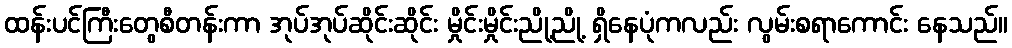
ထန်းပင်ကြီးတွေစီတန်းကာ အုပ်အုပ်ဆိုင်းဆိုင်း မှိုင်းမှိုင်းညို့ညို့ ရှိနေပုံကလည်း လွမ်းစရာကောင်း နေသည်။